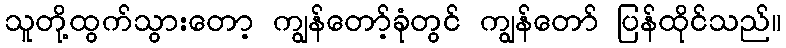
သူတို့ထွက်သွားတော့ ကျွန်တော့်ခုံတွင် ကျွန်တော် ပြန်ထိုင်သည်။